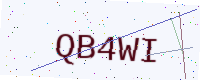
Text: QB4WI